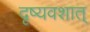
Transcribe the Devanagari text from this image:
दृष्यवशात्